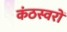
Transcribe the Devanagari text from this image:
कंठस्वरों